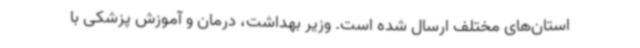
استان‌های مختلف ارسال شده است. وزیر بهداشت، درمان و آموزش پزشکی با